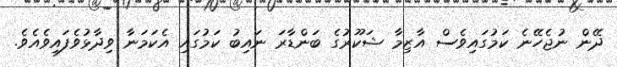
ދޭން ނުޖެހޭނެ ކަމުގައިވެސް އާޒިމާ ޝަކޫރުގެ ބަންޑާރަ ނައިބު ކަމުގައި އެކަމަނާ ވިދާޅުވެފައިވެއެވެ.